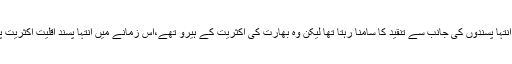
اس زمانے میں بھی انہیں چند انتہا پسندوں کی جانب سے تنقید کا سامنا رہتا تھا لیکن وہ بھارت کی اکثریت کے ہیرو تھے،اس زمانے میں انتہا پسند اقلیت اکثریت پر کبھی غالب نہیں آسکی تھی۔